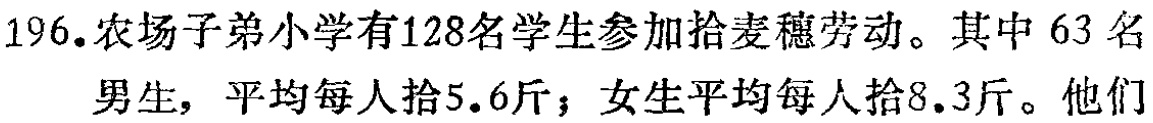
196.农场子弟小学有128名学生参加拾麦穗劳动。其中63名男生，平均每人拾5.6斤；女生平均每人拾8.3斤。他们